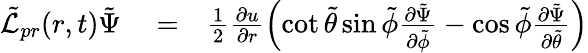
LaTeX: \begin{array}{rlr}{\tilde{\mathcal{L}}_{pr}(r,t)\tilde{\Psi}}&{{}=}&{\frac{1}{2}\frac{\partial u}{\partial r}\left(\cot{\tilde{\theta}}\sin{\tilde{\phi}}\frac{\partial\tilde{\Psi}}{\partial\tilde{\phi}}-\cos{\tilde{\phi}}\frac{\partial\tilde{\Psi}}{\partial\tilde{\theta}}\right)}\end{array}